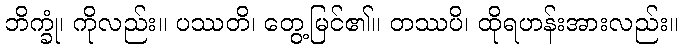
ဘိက္ခုံ၊ ကိုလည်း။ ပဿတိ၊ တွေ့မြင်၏။ တဿပိ၊ ထိုရဟန်းအားလည်း။